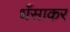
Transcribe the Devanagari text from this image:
धँसाकर